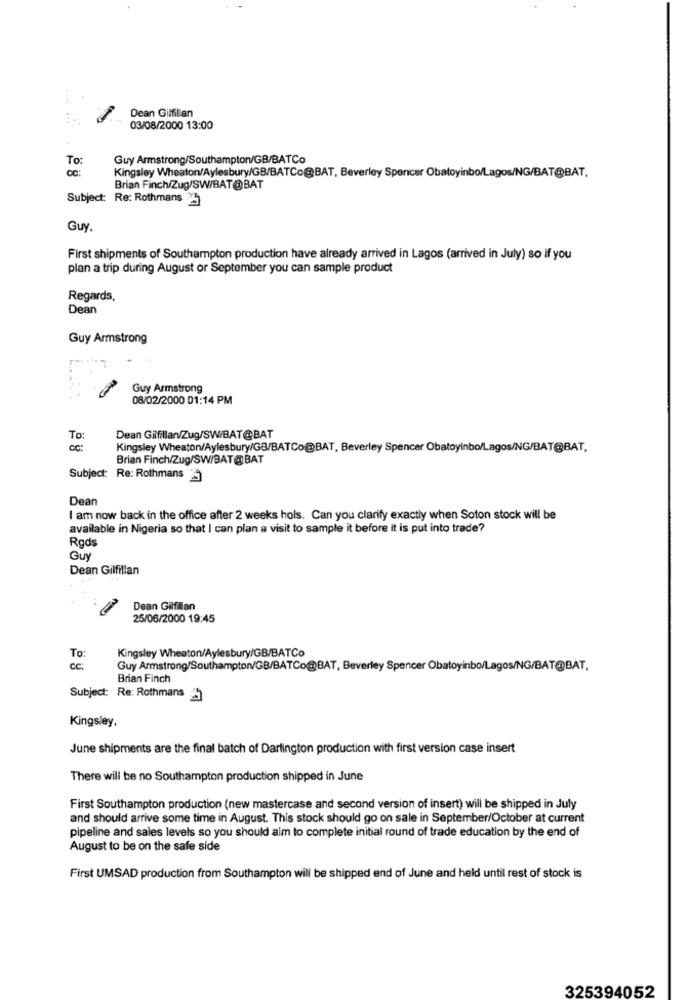
Dean Gilfillan
03/08/2000 13:00
To:
Guy Armstrong/Southampton/GB/BATCo
cc:
Kingsley Wheaton/Aylesbury/GB/BATCo@BAT, Beverley Spencer Obatoyinbo/Lagos/NG/BAT@BAT.
Brian Finch/Zug/SW/BAT@BAT
Subject: Re: Rothmans
Guy.
First shipments of Southampton production have already arrived in Lagos (arrived in July) so if you
plan a trip during August or September you can sample product
Regards,
Dean
Guy Armstrong
Guy Armstrong
08/02/2000 01:14 PM
To:
Dean Gilfillan/Zug/SW/BAT@BAT
CC :
Kingsley Wheaton/Aylesbury/GB/BATCo@BAT, Beverley Spencer Obatoyinbo/Lagos/NG/BAT@BAT,
Brian Finch/Zug/SW/BAT@BAT
Subject: Re: Rothmans 9
Dean
I am now back in the office after 2 weeks hols. Can you clarify exactly when Soton stock will be
available in Nigeria so that I can plan a visit to sample it before it is put into trade?
Rgds
Guy
Dean Gilfillan
Dean Gilfillan
25/06/2000 19:45
Kingsley Wheaton/Aylesbury/GB/BATCo
To:
CC :
Guy Armstrong/Southampton/GB/BATCo@BAT, Beverley Spencer Obatoyinbo/Lagos/NG/BAT@BAT.
Brian Finch
Subject: Re: Rothmans
Kingsley,
June shipments are the final batch of Darlington production with first version case insert
There will be no Southampton production shipped in June
First Southampton production (new mastercase and second version of insert) will be shipped in July
and should arrive some time in August. This stock should go on sale in September/October at current
pipeline and sales levels so you should aim to complete initial round of trade education by the end of
August to be on the safe side
First UMSAD production from Southampton will be shipped end of June and held until rest of stock is
325394052